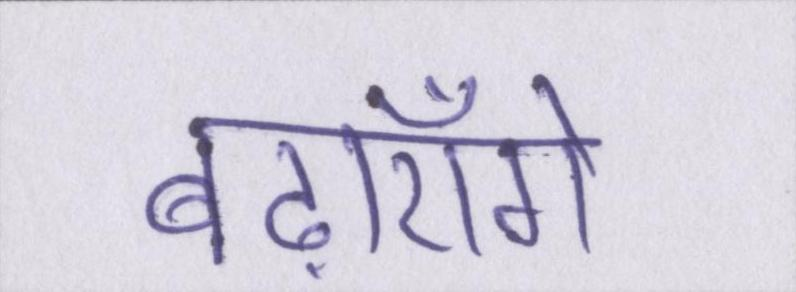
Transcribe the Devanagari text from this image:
बढ़ाएँगे